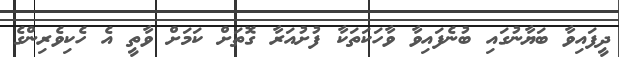
ދީފައިވާ ބަޔާނުގައި ބުނެފައިވާ ވާހަކަތަކާ ފުށުއަރާ ގޮތަށް ކަމަށް ވާތީ އެ ހެކިވެރިންގެ